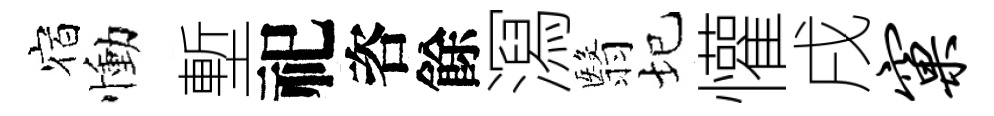
宿慟塹祀咨餘㵼翳圮懽戌窠